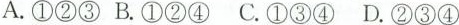
A.①②③B.①②④C.①③④D.②③④